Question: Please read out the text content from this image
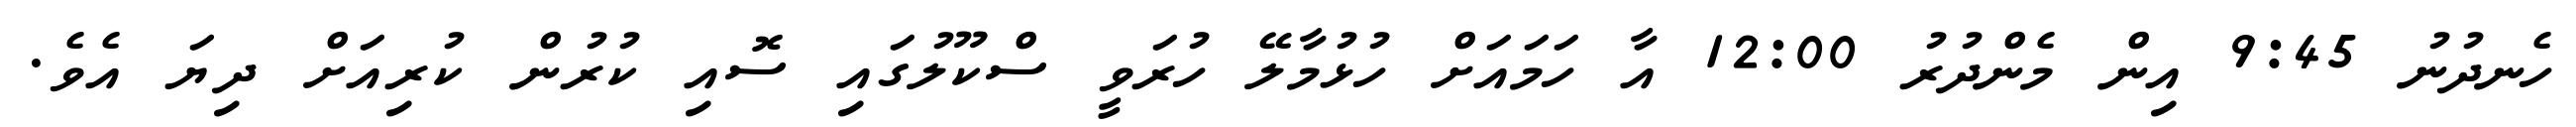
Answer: ހެނދުނު 9:45 އިން މެންދުރު 12:00 އާ ހަމައަށް ހުޅުމާލޭ ހުރަވީ ސްކޫލުގައި ސޮއި ކުރުން ކުރިއަށް ދިޔަ އެވެ.